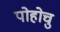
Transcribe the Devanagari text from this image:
पोहोचु